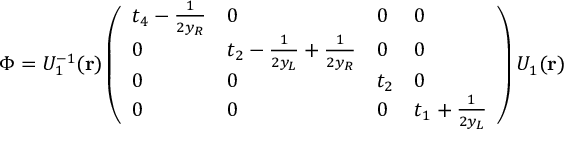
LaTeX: \Phi = U _ { 1 } ^ { - 1 } ( { \bf r } ) \left( \begin{array} { l l l l } { { t _ { 4 } - { \frac { 1 } { 2 y _ { R } } } } } & { { 0 } } & { { 0 } } & { { 0 } } \\ { { 0 } } & { { t _ { 2 } - { \frac { 1 } { 2 y _ { L } } } + { \frac { 1 } { 2 y _ { R } } } } } & { { 0 } } & { { 0 } } \\ { { 0 } } & { { 0 } } & { { t _ { 2 } } } & { { 0 } } \\ { { 0 } } & { { 0 } } & { { 0 } } & { { t _ { 1 } + { \frac { 1 } { 2 y _ { L } } } } } \end{array} \right) U _ { 1 } ( { \bf r } )